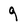
Character: 9